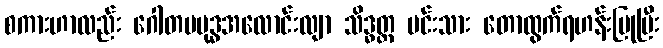
စကားဟာလည်း ဂေါတမဗုဒ္ဓအလောင်းလျာ သိဒ္ဓတ္ထ မင်းသား တောထွက်ရဟန်းပြုပြီး